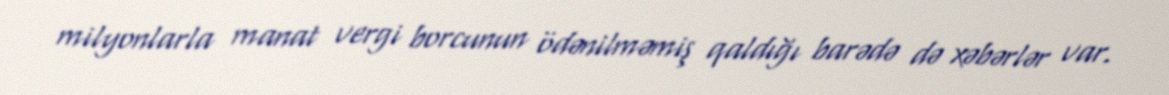
milyonlarla manat vergi borcunun ödənilməmiş qaldığı barədə də xəbərlər var.